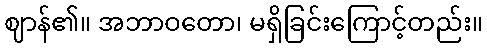
ဈာန်၏။ အဘာဝတော၊ မရှိခြင်းကြောင့်တည်း။